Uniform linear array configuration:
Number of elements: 12
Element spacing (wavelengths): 0.75
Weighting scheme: cosine
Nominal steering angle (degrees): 60
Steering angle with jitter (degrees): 58.545
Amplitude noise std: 0.05
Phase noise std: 0.05

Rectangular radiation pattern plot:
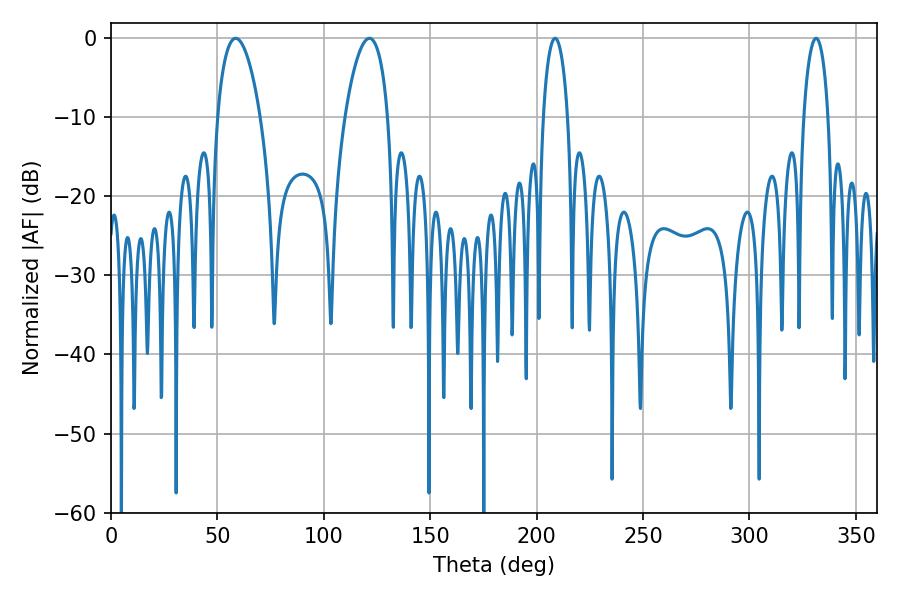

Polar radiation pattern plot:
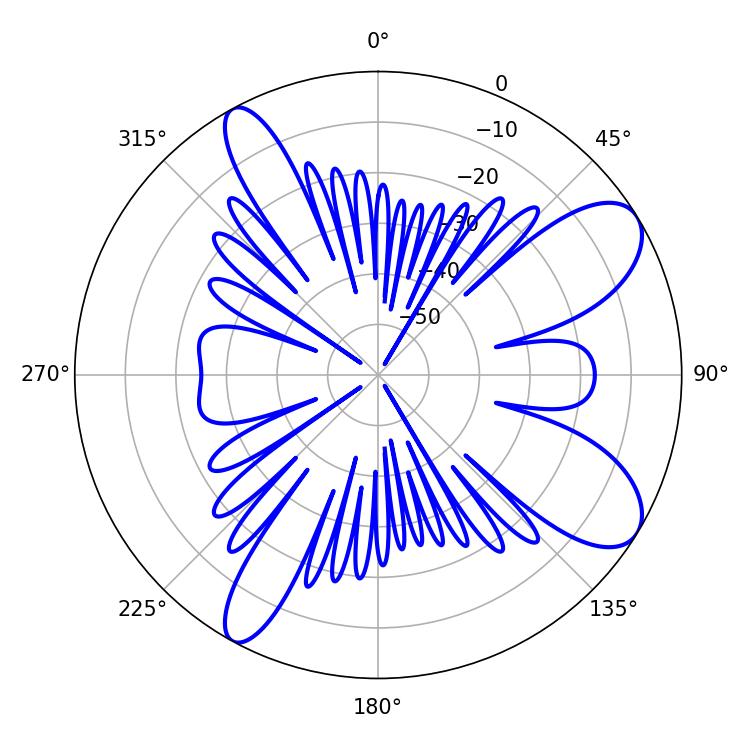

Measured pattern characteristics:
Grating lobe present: TRUE
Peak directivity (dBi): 9.154
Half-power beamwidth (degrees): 11.34
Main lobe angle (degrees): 58.5